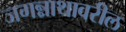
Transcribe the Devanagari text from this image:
जगन्नाथावरील